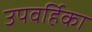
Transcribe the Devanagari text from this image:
उपवर्हिका